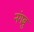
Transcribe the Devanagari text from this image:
नंगबु